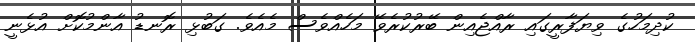
ކުދިމަހުގެ ވިޔަފާރީގައި ރާއްޖެއިން ބޭރުކުރެވޭ މަހެއްވެސް މެއެވެ. ގަބުޅި ރޮނޑު އާންމުކޮށް އުޅެނީ